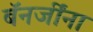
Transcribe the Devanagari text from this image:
बॅनर्जींना